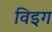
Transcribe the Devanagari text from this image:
विइग